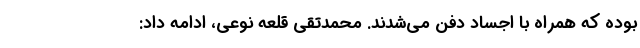
بوده که همراه با اجساد دفن می‌شدند. محمدتقی قلعه نوعی، ادامه داد: